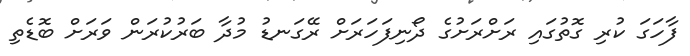
ފާހަގަ ކުރި ގޮތުގައި ރަށްރަށުގެ ދޯނިފަހަރަށް ރޭގަނޑު މުދާ ބަރުކުރަން ވަރަށް ބޮޑެތި